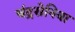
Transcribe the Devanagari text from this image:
चंद्रसेनिया